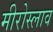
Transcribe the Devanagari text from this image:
मीरोस्लाव